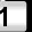
Digit: 1